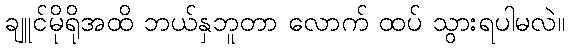
ချူင်မိုရိုအထိ ဘယ်နှဘူတာ လောက် ထပ် သွားရပါမလဲ။